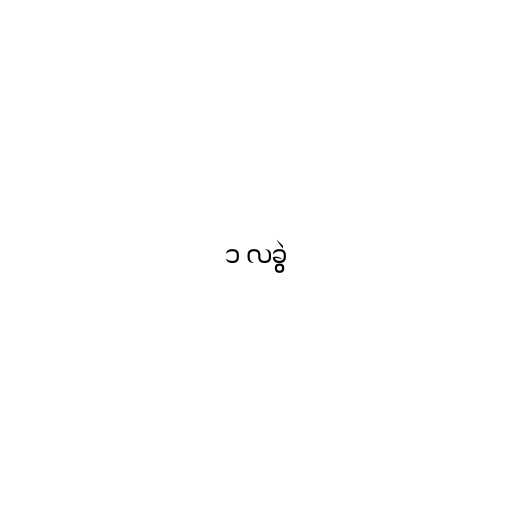
၁ လခွဲ